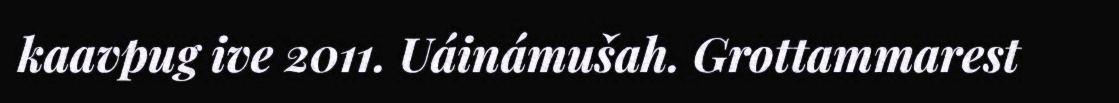
kaavpug ive 2011. Uáinámušah. Grottammarest